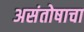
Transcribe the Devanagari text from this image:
असंतोषाचा